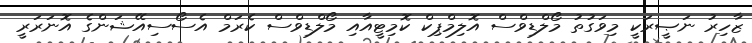
ޒާހިރު ނަޞީރަކީ މިވަގުތު މޯލްޑިވްސް އޮލިމްޕިކް ކޮމިޓީއާއި މޯލްޑިވްސް ކެރަމް އެސޯސިއޭޝަންގެ އޮނަރަރީ